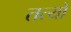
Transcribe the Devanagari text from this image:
तत्यो